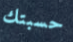
حسبتك